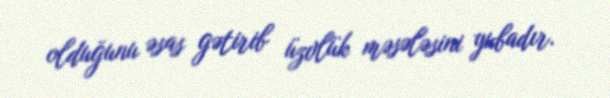
olduğunu əsas gətirib üzvlük məsələsini yubadır.